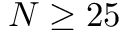
N \geq 2 5